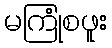
မကြုံစဖူး